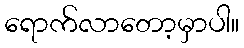
ရောက်လာတော့မှာပါ။